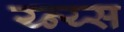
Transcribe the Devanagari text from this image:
य्न्य्स